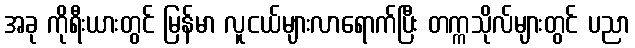
အခု ကိုရီးယားတွင် မြန်မာ လူငယ်များလာရောက်ပြီး တက္ကသိုလ်များတွင် ပညာ